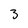
Character: 3